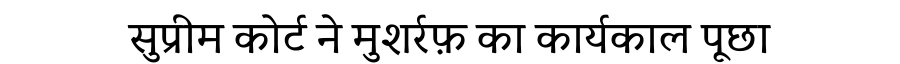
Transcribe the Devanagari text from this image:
सुप्रीम कोर्ट ने मुशर्रफ़ का कार्यकाल पूछा